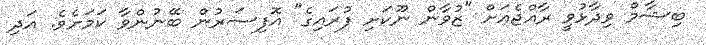
ބިޝާމް ވިދާޅުވީ ރާއްޖެއަށް "ޒުވާން ނޫކަށި ފުރައިގެ" އޮފިސަރުން ބޭނުންވާ ކަމަށެވެ. އަދި